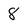
Character: 8